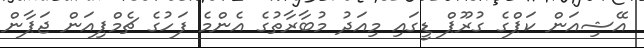
އޭޝިއަން ކަޕްގެ ގުރޫޕް ޑީގައި މިއަދު މުބާރާތުގެ އެންމެ ފަހުގެ ޗެމްޕިއަން ޖަޕާން